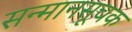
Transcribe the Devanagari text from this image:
सन्मानसूचक